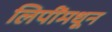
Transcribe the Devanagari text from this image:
लिपींमधून